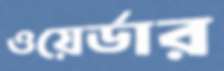
ওয়ের্ডার